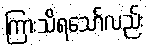
ကြားသိရသော်လည်း